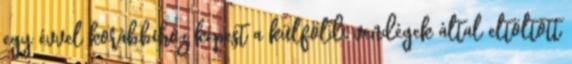
egy évvel korábbihoz képest a külföldi vendégek által eltöltött